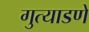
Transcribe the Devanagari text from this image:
गुत्याडणे